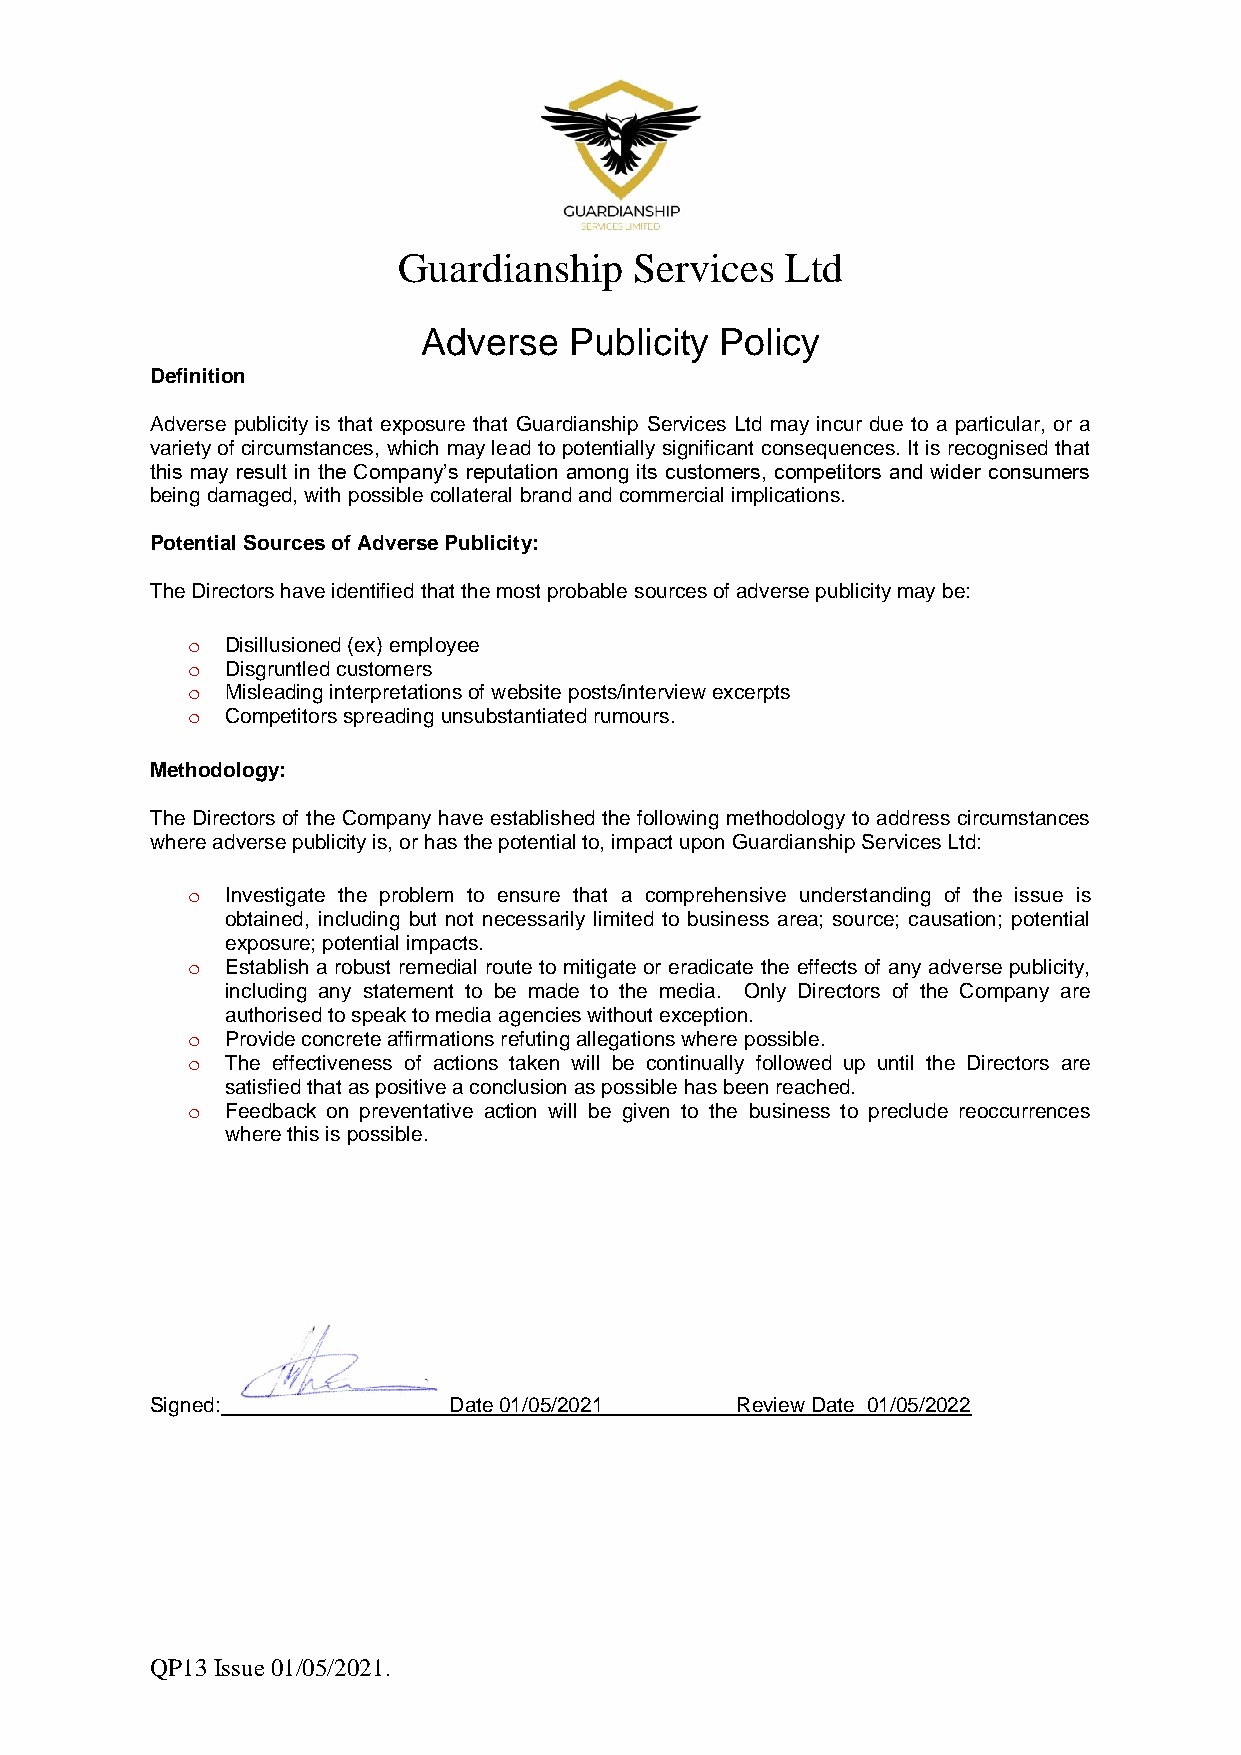
Guardianship    Services  Ltd
 Adverse   Publicity Policy
 Definition
 Adverse publicity is that exposure that Guardianship Services Ltd may incur due to a particular, or a
 variety of circumstances, which may lead to potentially significant consequences. It is recognised that
 this may result in the Company’s reputation among its customers, competitors and wider consumers
 being damaged, with possible collateral brand and commercial implications.
 Potential Sources of Adverse Publicity:
 The Directors have identified that the most probable sources of adverse publicity may be:
 o  Disillusioned (ex) employee
 o  Disgruntled customers
 o  Misleading interpretations of website posts/interview excerpts
 o  Competitors spreading unsubstantiated rumours.
 Methodology:
 The Directors of the Company have established the following methodology to address circumstances
 where adverse publicity is, or has the potential to, impact upon Guardianship Services Ltd:
 o  Investigate the problem to ensure that a comprehensive understanding of the issue is
 obtained, including but not necessarily limited to business area; source; causation; potential
 exposure; potential impacts.
 o  Establish a robust remedial route to mitigate or eradicate the effects of any adverse publicity,
 including any statement to be made to the media. Only Directors of the Company are
 authorised to speak to media agencies without exception.
 o  Provide concrete affirmations refuting allegations where possible.
 o  The effectiveness of actions taken will be continually followed up until the Directors are
 satisfied that as positive a conclusion as possible has been reached.
 o  Feedback on preventative action will be given to the business to preclude reoccurrences
 where this is possible.
 Signed:             Date 01/05/2021    Review Date 01/05/2022
 QP13 Issue 01/05/2021.